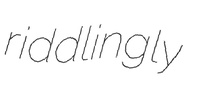
riddlingly